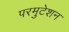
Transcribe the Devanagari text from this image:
परमुटेशन